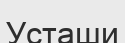
Усташи